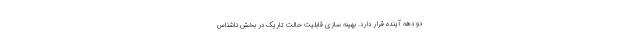
دو دهه آینده قرار دارد. بهینه سازی قابلیت حالت تاریک در بخش ناشناس